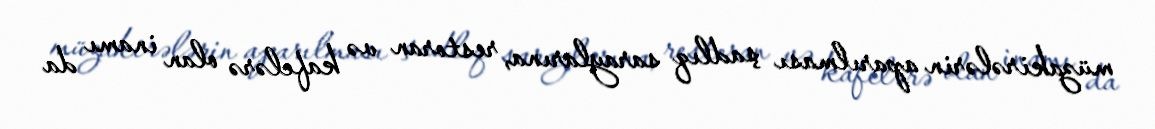
müzakirələrin aparılması şadlıq saraylarına, restoran və kafelərə olan inamı da